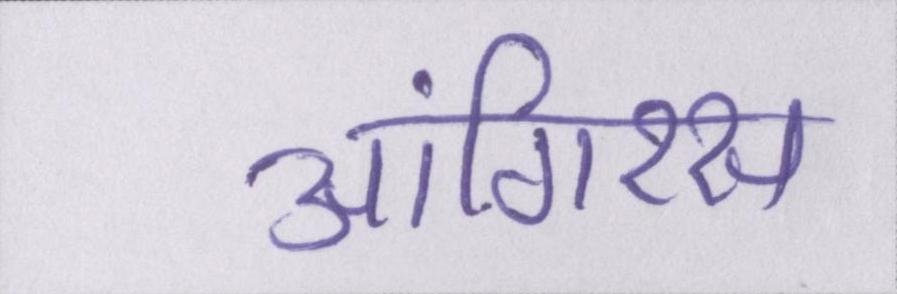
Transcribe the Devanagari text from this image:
आंगिरस